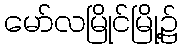
မော်လမြိုင်မြို့၌